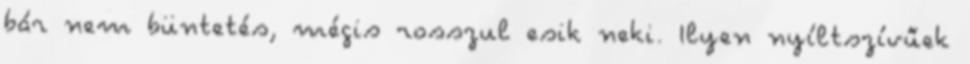
bár nem büntetés, mégis rosszul esik neki. Ilyen nyíltszívűek